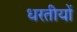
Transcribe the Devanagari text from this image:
धरतीयों